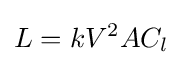
L=kV^{2}AC_{l}